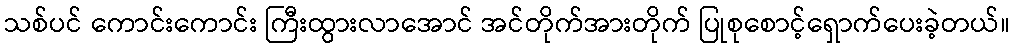
သစ်ပင် ကောင်းကောင်း ကြီးထွားလာအောင် အင်တိုက်အားတိုက် ပြုစုစောင့်ရှောက်ပေးခဲ့တယ်။